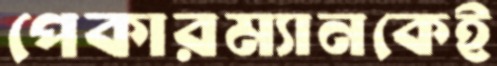
পেকারম্যানকেই